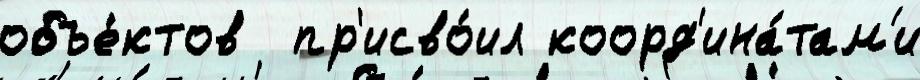
объе́ктов  пр'исво́ил коорд'ина́там'и